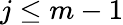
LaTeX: j\le m-1